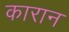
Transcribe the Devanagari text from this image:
कारान